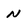
Character: N